画像に写った文字を読んでください
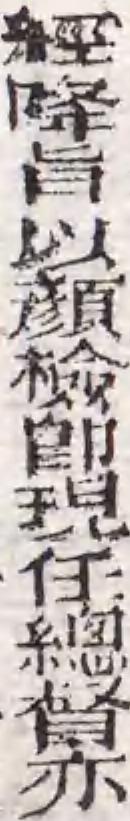
「經降旨以顔檢卽現任總督亦」と書いてあります